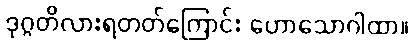
ဒုဂ္ဂတိလားရတတ်ကြောင်း ဟောသောဂါထာ။